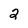
Character: 2